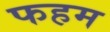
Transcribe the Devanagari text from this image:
फहम